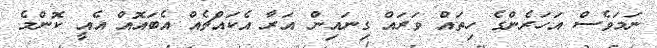
ނަމަވެސް އަހަރެންގެ ހިތައް ވަރައް ގިނައިން އަރާ އެކައްޗެއް އެބައޮއް އެއީ ކޮންމެ